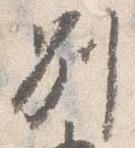
別